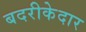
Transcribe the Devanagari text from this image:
बदरीकेदार